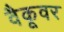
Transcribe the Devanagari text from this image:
वैकूवर